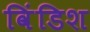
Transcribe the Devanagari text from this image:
विंडिश